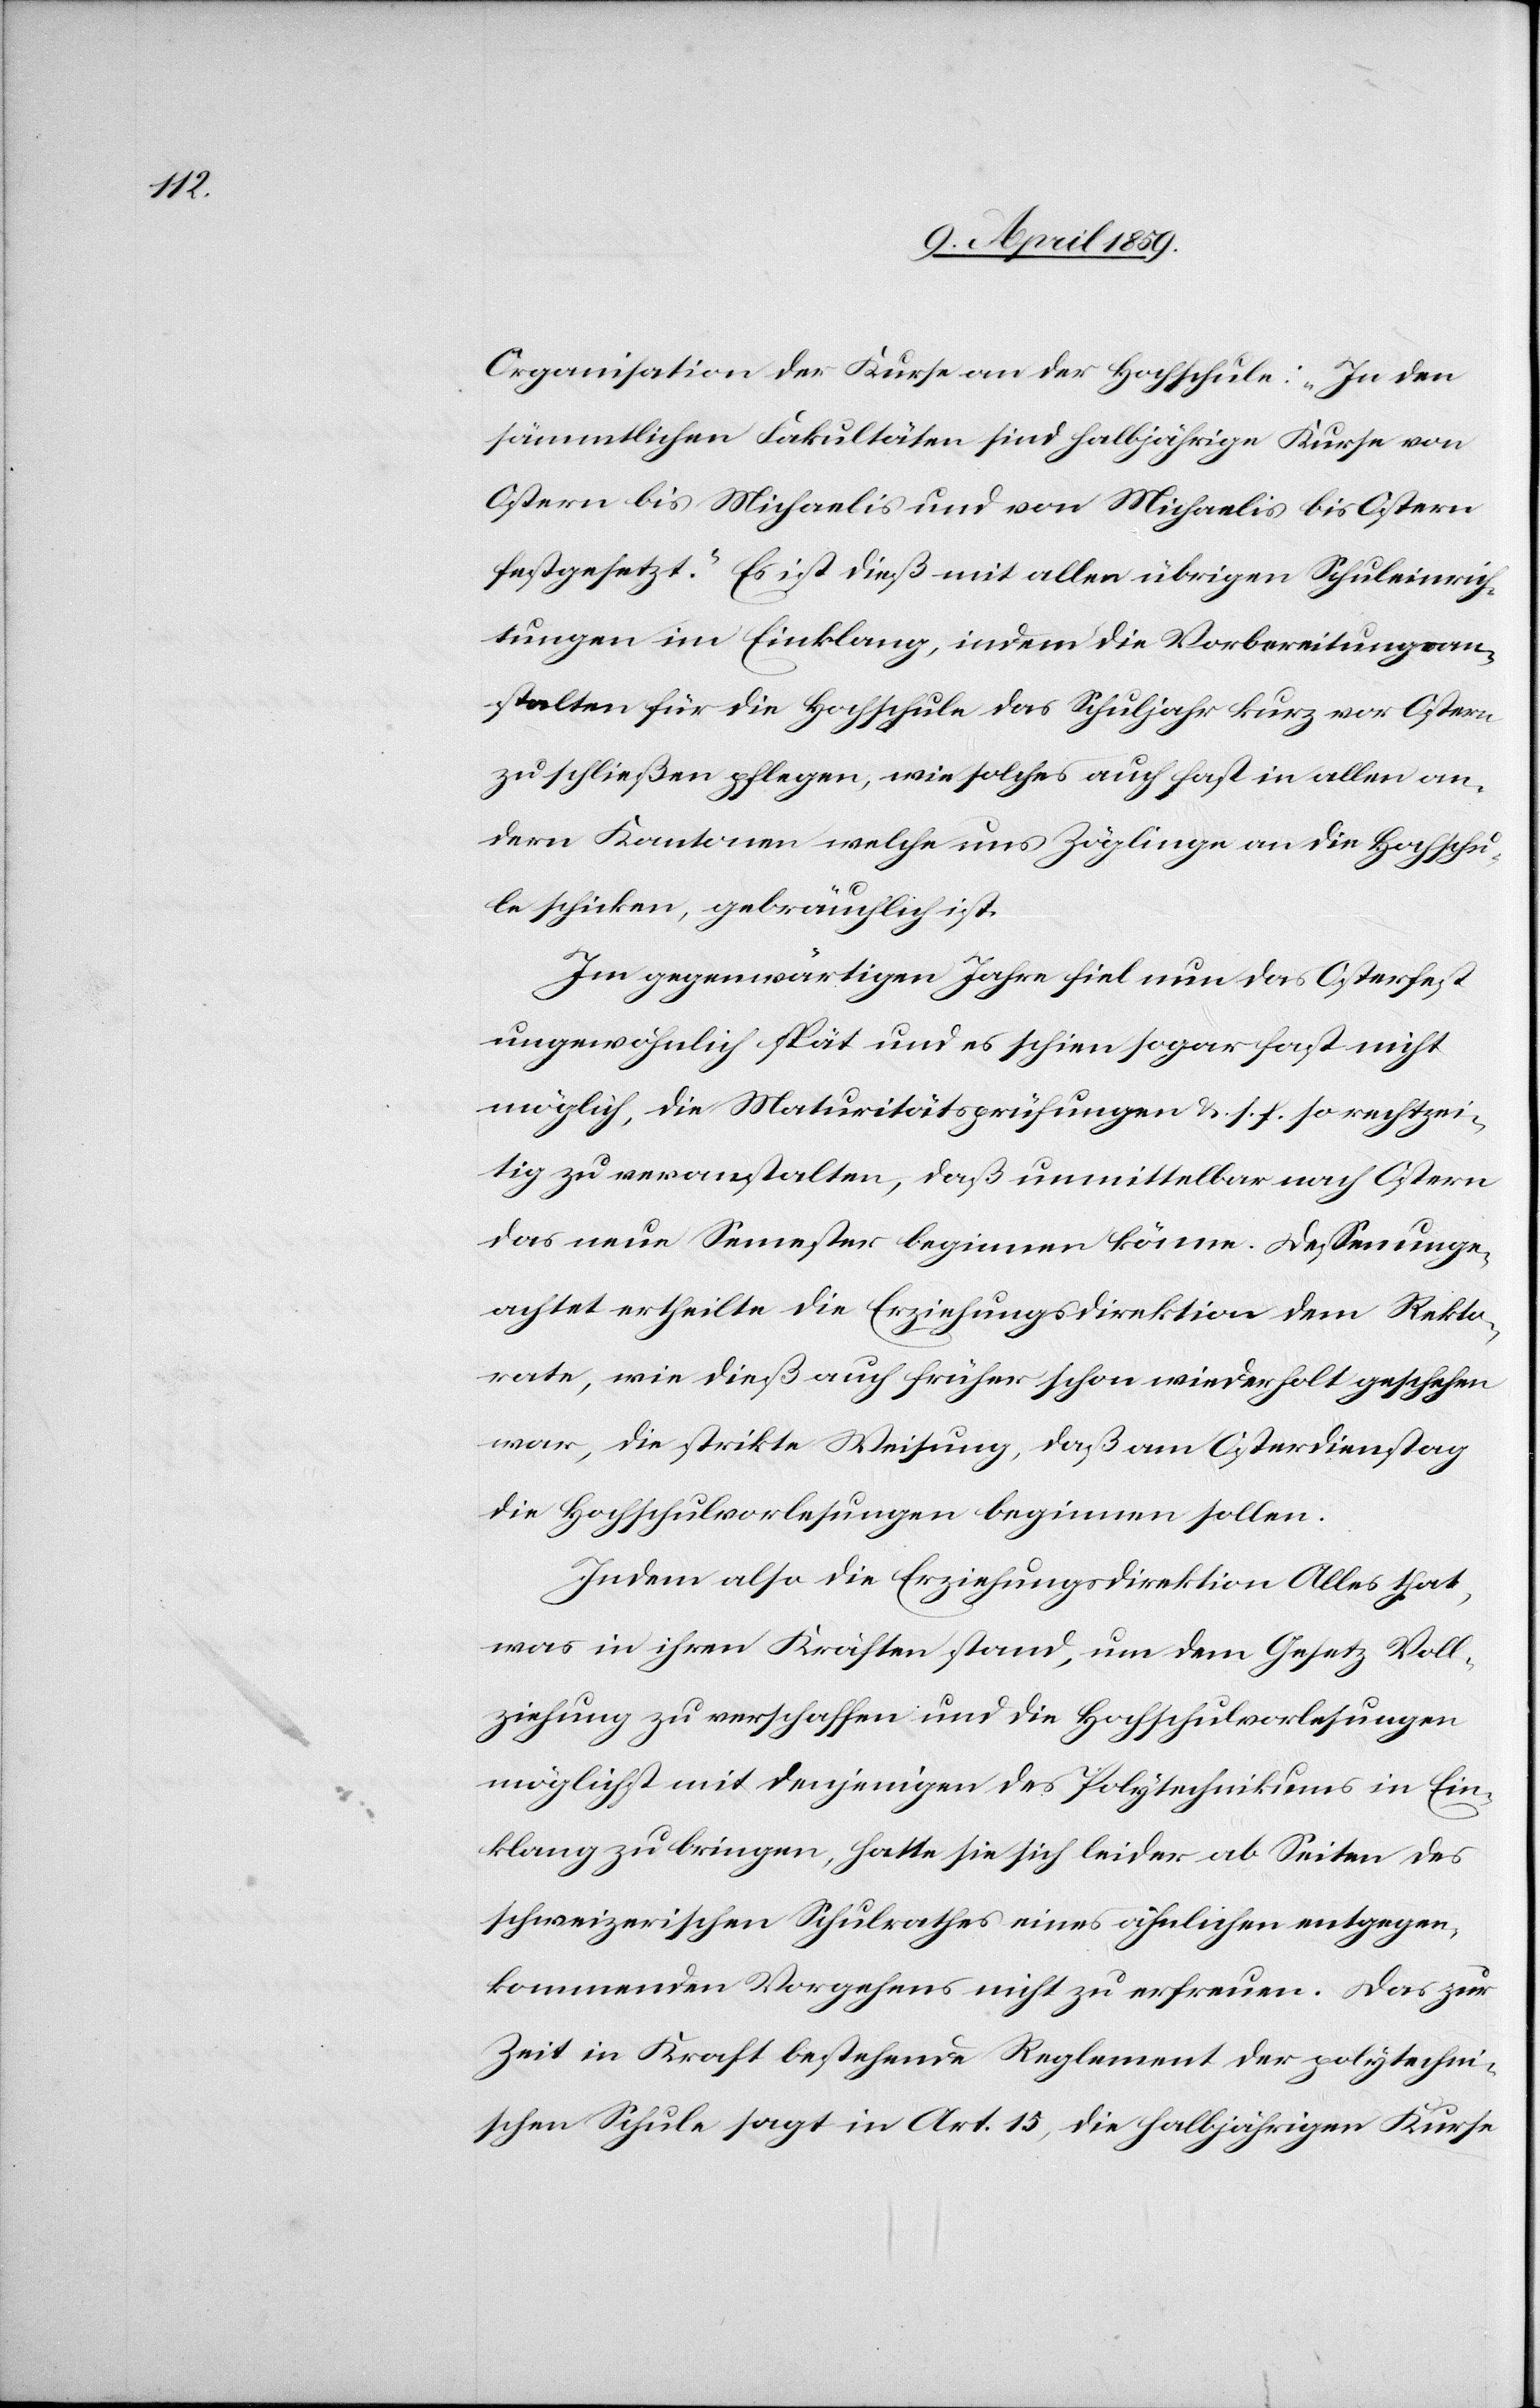
Organisation der Kurse an der Hochschule: „In den
sämmtlichen Fakultäten sind halbjährige Kurse von
Ostern bis Michaelis und von Michaelis bis Ostern
festgesetzt.“ Es ist dieß mit allen übrigen Schuleinrich¬
tungen im Einklang, indem die Vorbereitungsan¬
stalten für die Hochschule das Schuljahr kurz vor Ostern
zu schließen pflegen, wie solches auch fast in allen an¬
dern Kantonen welche uns Zöglinge an die Hochschu¬
le schicken, gebräuchlich ist.
Im gegenwärtigen Jahre fiel nun das Osterfest
ungewöhnlich spät und es schien sogar fast nicht
möglich, die Maturitätsprüfungen &. s. f. so rechtzei¬
tig zu veranstalten, daß unmittelbar nach Ostern
das neue Semester beginnen könne. Deßenunge¬
achtet ertheilte die Erziehungsdirektion dem Rekto¬
rate, wie dieß auch früher schon wiederholt geschehen
war, die strikte Weisung, daß am Osterdienstag
die Hochschulvorlesungen beginnen sollen.
Indem also die Erziehungsdirektion Alles that,
was in ihren Kräften stand, um dem Gesetz Voll¬
ziehung zu verschaffen und die Hochschulvorlesungen
möglichst mit denjenigen des Polytechnikums in Ein¬
klang zu bringen, hatte sie sich leider ab Seiten des
schweizerischen Schulrathes eines ähnlichen entgegen¬
kommenden Vorgehens nicht zu erfreuen. Das zur
Zeit in Kraft bestehende Reglement der polytechni¬
schen Schule sagt in Art. 15, die halbjährigen Kurse